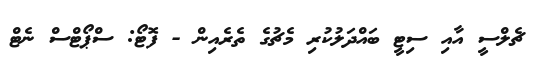
ޗެލްސީ އާއި ސިޓީ ބައްދަލުކުރި މެޗުގެ ތެރެއިން - ފޮޓޯ: ސްޕޯޓްސް ނެޓް